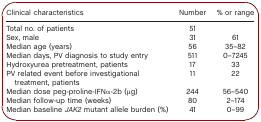
| Clinical characteristics | Number | % or range |
 | --- | --- | --- |
 | Total no. of patients | 51 |  |
 | Sex, male | 31 | 61 |
 | Median age (years) | 56 | 35–82 |
 | Median days, PV diagnosis to study entry | 511 | 0–7245 |
 | Hydroxyurea pretreatment, patients | 17 | 33 |
 | PV related event before investigational treatment, patients | 11 | 22 |
 | Median dose peg-proline-IFNα-2b (μg) | 244 | 56–540 |
 | Median follow-up time (weeks) | 80 | 2–174 |
 | Median baseline JAK2 mutant allele burden (%) | 41 | 0–99 |